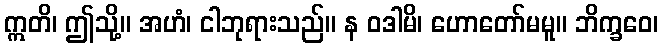
ဣတိ၊ ဤသို့။ အဟံ၊ ငါဘုရားသည်။ န ဝဒါမိ၊ ဟောတော်မမူ။ ဘိက္ခဝေ၊